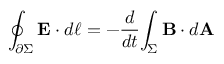
\oint _ { \partial \Sigma } \mathbf { E } \cdot d { \boldsymbol { \ell } } = - { \frac { d } { d t } } { \int _ { \Sigma } \mathbf { B } \cdot d \mathbf { A } }